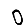
Digit: 0